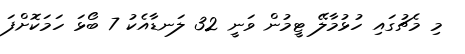
މި މެޗުގައި ހުޅުމާލޭ ޓީމުން ވަނީ 32 ލަނޑާއެކު 7 ބޯޅަ ހަމަކޮށްފަ